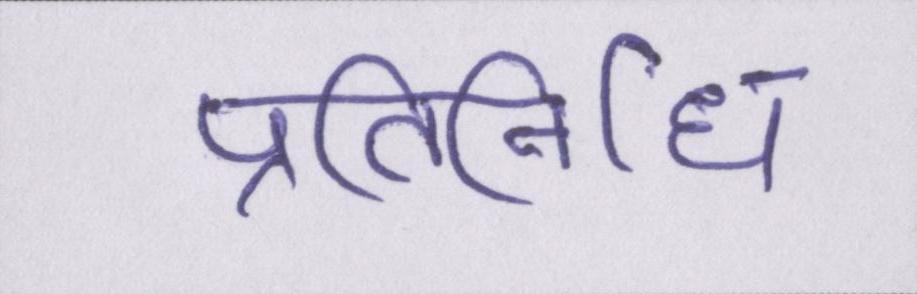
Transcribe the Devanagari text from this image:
प्रतिनिधि